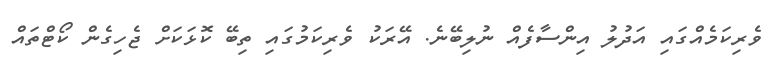
ވެރިކަމެއްގައި އަދުލު އިންސާފެއް ނުލިބޭނެ. އޭރަކު ވެރިކަމުގައި ތިބޭ ކޮޅަކަށް ޖެހިގެން ކޯޓްތައް